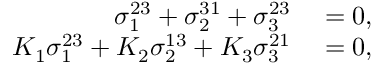
\begin{array} { r l } { \sigma _ { 1 } ^ { 2 3 } + \sigma _ { 2 } ^ { 3 1 } + \sigma _ { 3 } ^ { 2 3 } } & { { } = 0 , } \\ { K _ { 1 } \sigma _ { 1 } ^ { 2 3 } + K _ { 2 } \sigma _ { 2 } ^ { 1 3 } + K _ { 3 } \sigma _ { 3 } ^ { 2 1 } } & { { } = 0 , } \end{array}